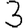
Digit: 3